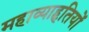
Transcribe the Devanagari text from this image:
महाव्याहृतियों